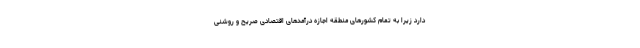
دارد زیرا به تمام کشورهای منطقه اجازه درآمدهای اقتصادی صریح و روشنی